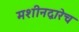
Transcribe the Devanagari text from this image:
मशीनद्वारेच